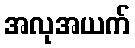
အလုအယက်